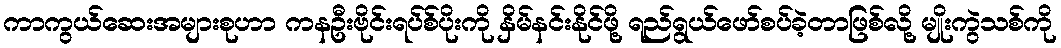
ကာကွယ်ဆေးအများစုဟာ ကနဦးဗိုင်းရပ်စ်ပိုးကို နှိမ်နင်းနိုင်ဖို့ ရည်ရွယ်ဖော်စပ်ခဲ့တာဖြစ်လို့ မျိုးကွဲသစ်ကို